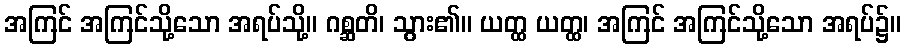
အကြင် အကြင်သို့သော အရပ်သို့။ ဂစ္ဆတိ၊ သွား၏။ ယတ္ထ ယတ္ထ၊ အကြင် အကြင်သို့သော အရပ်၌။